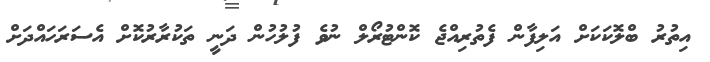
އިތުރު ބްލޮކަކަށް އަލިފާން ފެތުރިއްޖެ ކޮންޓުރޯލް ނުވެ ފުލުހުން ދަނީ ތަކުރާރުކޮށް އެސަރަހައްދަށް